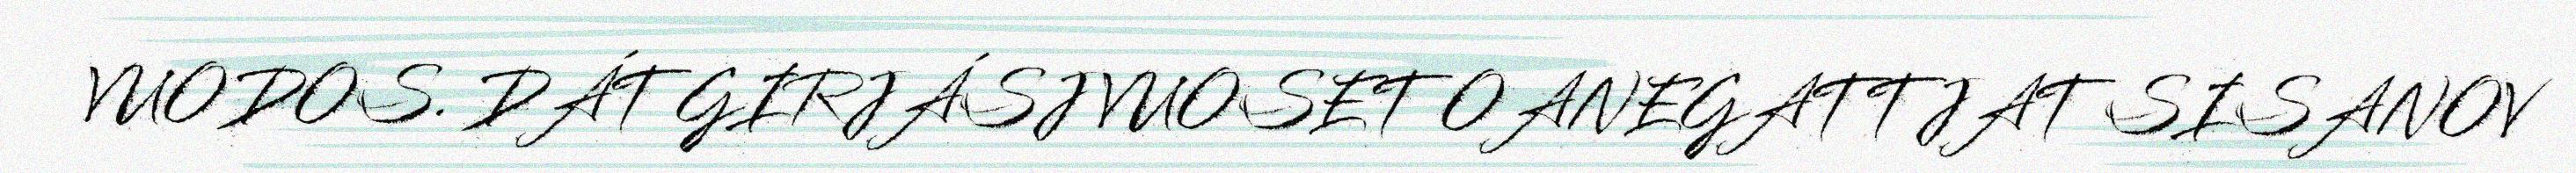
VUODOS. DÁT GIRJÁSJ VUOSET OANEGATTJAT SISANOV